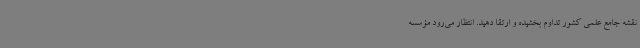
نقشه جامع علمی کشور تداوم بخشیده و ارتقا دهید. انتظار می‌رود مؤسسه